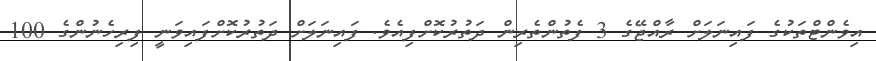
އިވެންޓްތަކުގެ ފައިނަލަށް ރާއްޖޭގެ 3 ފެތުންތެރިން ދަތުރުކޮށްފިއެވެ. ފައިނަލަށް ދަތުރުކޮށްފައިވަނީ ފިރިހެނުންގެ 100